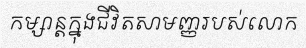
កម្សាន្តក្នុងជីវិតសាមញ្ញរបស់លោក